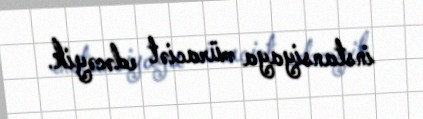
instansiyaya müraciət edəcəyik.